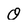
Character: O